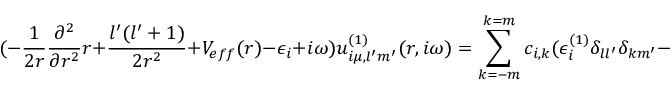
( - \frac { 1 } { 2 r } \frac { \partial ^ { 2 } } { \partial r ^ { 2 } } r + \frac { l ^ { \prime } ( l ^ { \prime } + 1 ) } { 2 r ^ { 2 } } + V _ { e f f } ( r ) - \epsilon _ { i } + i \omega ) u _ { i \mu , l ^ { \prime } m ^ { \prime } } ^ { ( 1 ) } ( r , i \omega ) = \sum _ { k = - m } ^ { k = m } c _ { i , k } ( \epsilon _ { i } ^ { ( 1 ) } \delta _ { l l ^ { \prime } } \delta _ { k m ^ { \prime } } - G _ { l ^ { \prime } L l } ^ { m ^ { \prime } M k } V _ { \mu } ^ { ( 1 ) } ( r ) ) u _ { i , l } ( r ) \, .